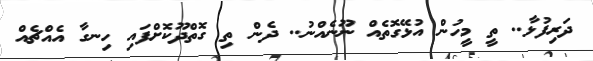
ދަރިފުޅާ.. ތީ މީހުން އުޅޭގޮތެއް ނޫނެއްނު.. ދެން ތި ގޮތްދޫކޮށްފައި ހިނގާ އެއްޗެއް